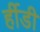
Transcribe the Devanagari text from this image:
र्हीडी